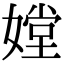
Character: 𡠠